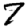
Digit: 7